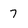
Character: 7